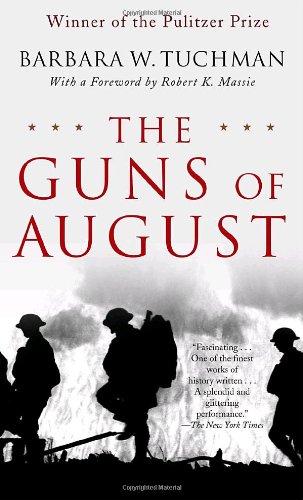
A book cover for The Guns of August: The Pulitzer Prize-Winning Classic About the Outbreak of World War I; Barbara W. Tuchman; History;